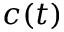
c ( t )